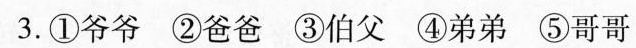
3.①爷爷 ②爸爸 ③伯父 ④弟弟 ⑤哥哥